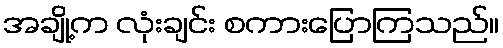
အချို့က လုံးချင်း စကားပြောကြသည်။